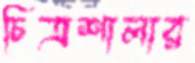
চিত্রশালার